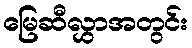
မြေဆီလွှာအတွင်း